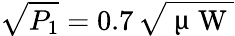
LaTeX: \sqrt{P_{1}}=0.7\, \sqrt{\mathrm{~\textmu~W~}}